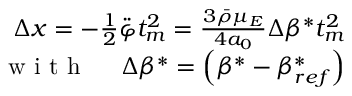
\begin{array} { r } { \Delta x = - \frac 1 2 \ddot { \varphi } t _ { m } ^ { 2 } = \frac { 3 \bar { \rho } \mu _ { E } } { 4 a _ { 0 } } \Delta \beta ^ { * } t _ { m } ^ { 2 } } \\ { \mathrm { ~ w ~ i ~ t ~ h ~ \quad ~ } \Delta \beta ^ { * } = \left( \beta ^ { * } - \beta _ { r e f } ^ { * } \right) } \end{array}